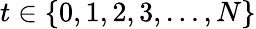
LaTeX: t\in\{ 0,1,2,3,\ldots,N\}